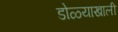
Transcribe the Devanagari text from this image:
डोळ्याखाली